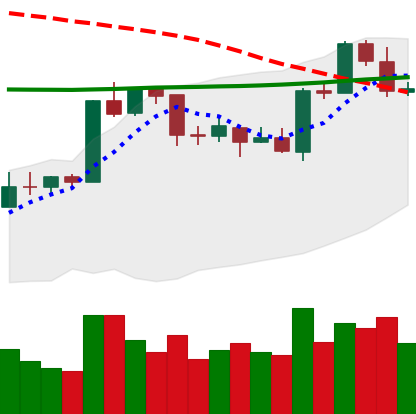
Ticker: ETH-USD
Chart end date: 2020-04-21
Forward return: 14.23%
Label: up_7plus